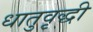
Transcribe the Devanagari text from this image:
धातुवृद्धी